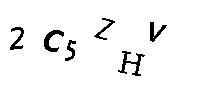
2C5ZHV